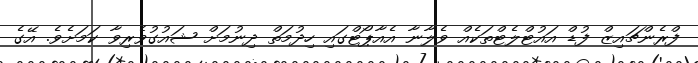
ފްރެންޗައިޒް ފުޑް އައުޓްލެޓްތަކެއް ވެލާނާ އެއާޕޯޓްގައި ހިދުމަތް ދިނުމަށް ޝައުގުވެރިވާ ކަމަށެވެ. އޭގެ